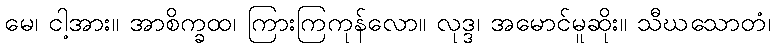
မေ၊ ငါ့အား။ အာစိက္ခထ၊ ကြားကြကုန်လော။ လုဒ္ဒ၊ အမောင်မူဆိုး။ သီဃသောတံ၊